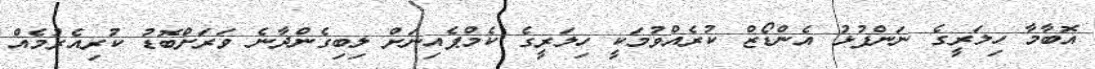
އޮބާމާ ހިލަރީގެ ނަންފުޅު އެންޑޯޒް ކުރެއްވުމަކީ ހިލަރީގެ ކެމްޕެއިނަށް ލިބިގެންދާނެ ވަރަށްބޮޑު ކުރިއެރުމެއް